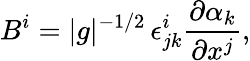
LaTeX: B^{i}=|g|^{-1/2}\, \epsilon_{jk}^{i}\frac{\partial\alpha_{k}}{\partial x^{j}},